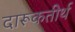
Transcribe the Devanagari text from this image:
दारूकतीर्थ